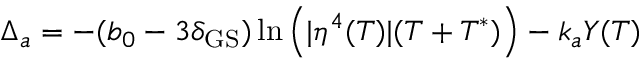
\Delta _ { a } = - ( b _ { 0 } - 3 \delta _ { \mathrm { G S } } ) \ln \left( | \eta ^ { 4 } ( T ) | ( T + T ^ { * } ) \right) - k _ { a } Y ( T )